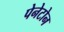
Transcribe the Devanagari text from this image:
पेनेटोन